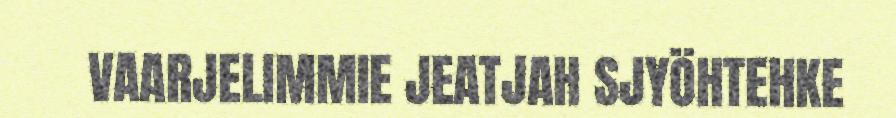
VAARJELIMMIE JEATJAH SJYÖHTEHKE